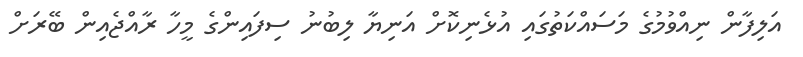
އަލިފާން ނިއްވުމުގެ މަސައްކަތުގައި އުޅެނިކޮށް އަނިޔާ ލިބުނު ސިފައިންގެ މީހާ ރާއްޖެއިން ބޭރަށް